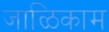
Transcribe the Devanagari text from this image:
जाळिकाम